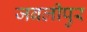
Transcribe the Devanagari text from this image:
जबलीपुर